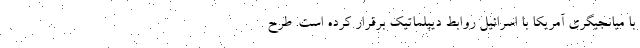
با میانجیگری آمریکا با اسرائیل روابط دیپلماتیک برقرار کرده است. طرح